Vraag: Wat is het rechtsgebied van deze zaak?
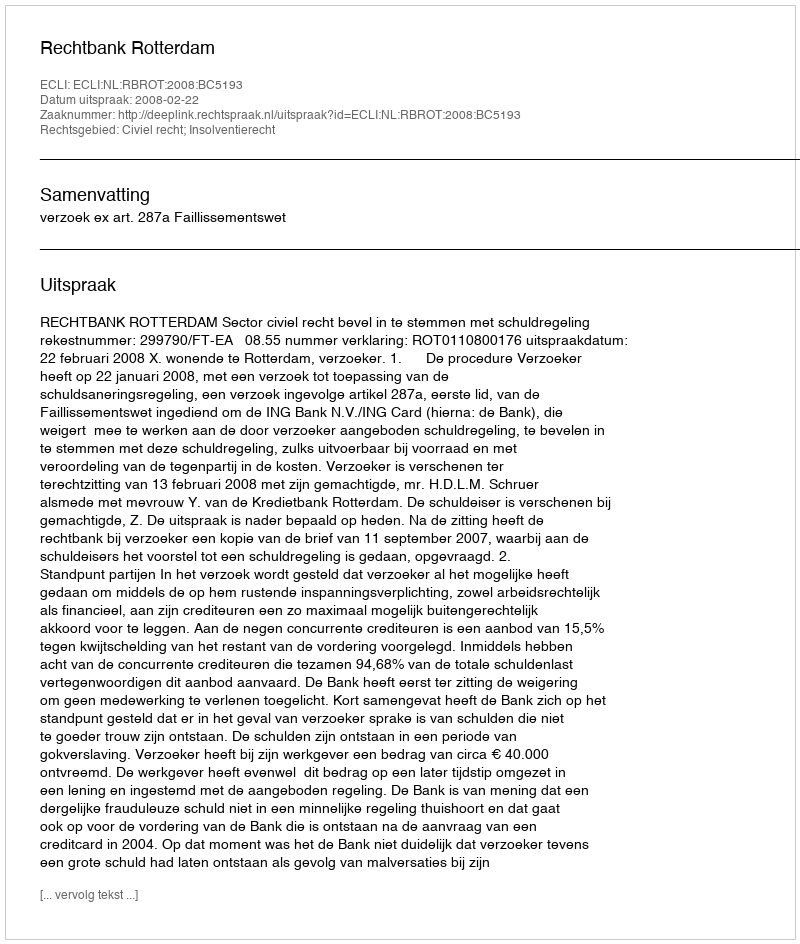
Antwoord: Civiel recht; Insolventierecht